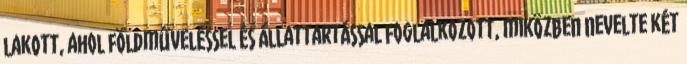
lakott, ahol földműveléssel és állattartással foglalkozott, miközben nevelte két